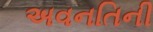
અવનતિની